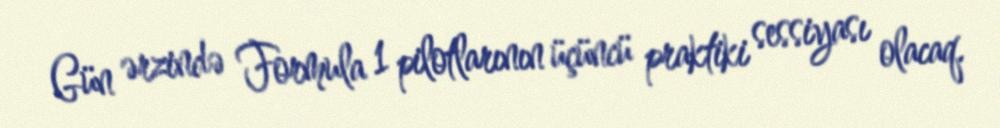
Gün ərzində Formula 1 pilotlarının üçüncü praktiki sessiyası olacaq.